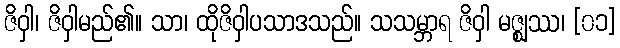
ဇိဝှါ၊ ဇိဝှါမည်၏။ သာ၊ ထိုဇိဝှါပသာဒသည်။ သသမ္ဘာရ ဇိဝှါ မဇ္ဈဿ၊ [၀၁]